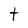
Character: t